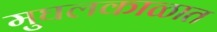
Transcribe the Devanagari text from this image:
मुघलकाळात